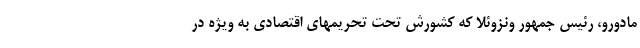
مادورو، رئیس جمهور ونزوئلا که کشورش تحت تحریمهای اقتصادی به ویژه در